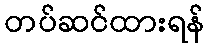
တပ်ဆင်ထားရန်